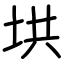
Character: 垬